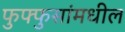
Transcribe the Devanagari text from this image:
फुफ्फुसांमधील